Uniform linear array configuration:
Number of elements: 32
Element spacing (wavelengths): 0.25
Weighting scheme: binomial
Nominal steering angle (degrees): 0
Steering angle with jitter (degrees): -0.7271
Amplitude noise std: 0.05
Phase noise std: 0.05

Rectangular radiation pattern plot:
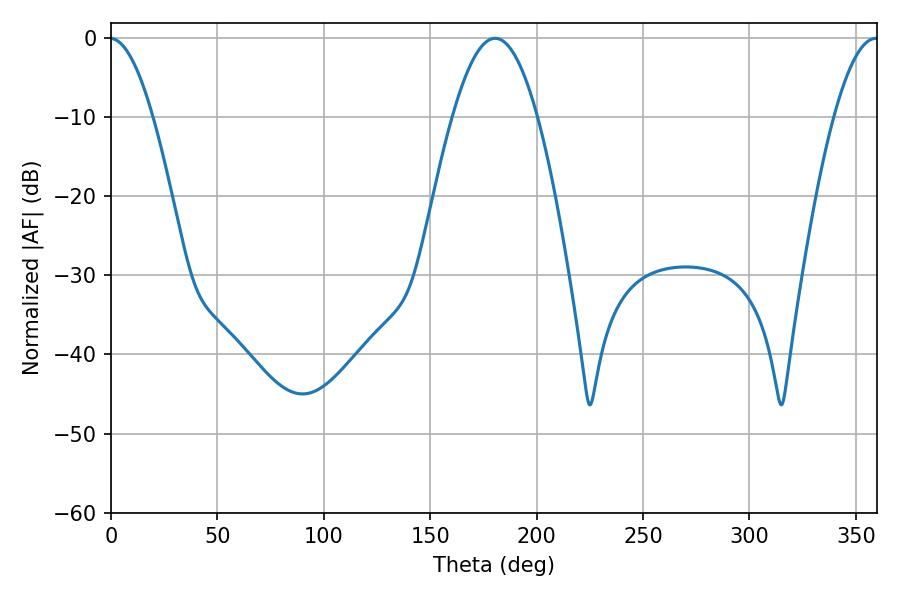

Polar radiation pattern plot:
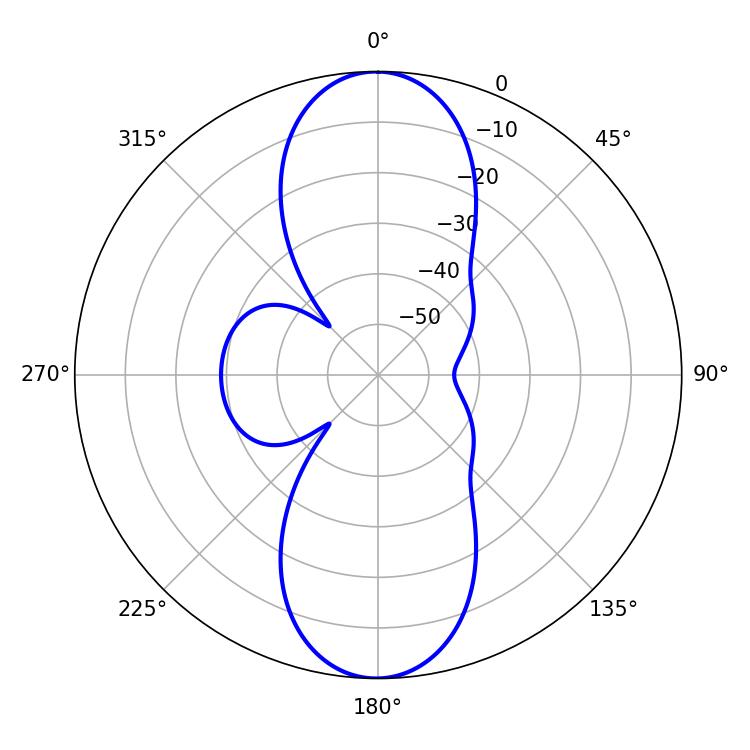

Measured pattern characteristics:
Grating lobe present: FALSE
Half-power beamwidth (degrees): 11.34
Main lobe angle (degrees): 359.46